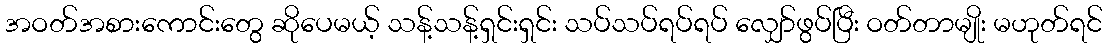
အဝတ်အစားကောင်းတွေ ဆိုပေမယ့် သန့်သန့်ရှင်းရှင်း သပ်သပ်ရပ်ရပ် လျှော်ဖွပ်ပြီး ဝတ်တာမျိုး မဟုတ်ရင်